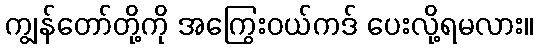
ကျွန်တော်တို့ကို အကြွေးဝယ်ကဒ် ပေးလို့ရမလား။